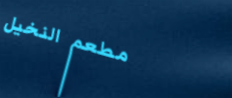
مطعم النخيل